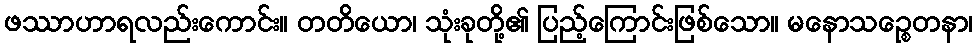
ဖဿာဟာရလည်းကောင်း။ တတိယော၊ သုံးခုတို့၏ ပြည့်ကြောင်းဖြစ်သော။ မနောသဉ္စေတနာ၊